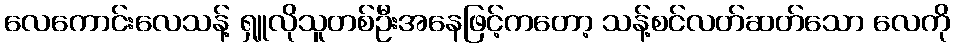
လေကောင်းလေသန့် ရှူလိုသူတစ်ဦးအနေဖြင့်ကတော့ သန့်စင်လတ်ဆတ်သော လေကို